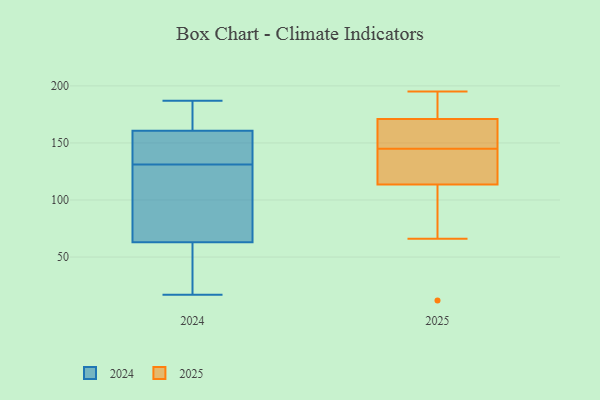
{"axis": {"x": "Headcount", "y": "Value"}, "legend": ["2024", "2025"], "data": [{"x": "", "y": 139, "type": "2025"}, {"x": "", "y": 151, "type": "2025"}, {"x": "", "y": 195, "type": "2025"}, {"x": "", "y": 178, "type": "2025"}, {"x": "", "y": 66, "type": "2025"}, {"x": "", "y": 126, "type": "2025"}, {"x": "", "y": 157, "type": "2025"}, {"x": "", "y": 12, "type": "2025"}, {"x": "", "y": 132, "type": "2025"}, {"x": "", "y": 171, "type": "2025"}, {"x": "", "y": 116, "type": "2025"}, {"x": "", "y": 190, "type": "2025"}, {"x": "", "y": 96, "type": "2025"}, {"x": "", "y": 168, "type": "2025"}, {"x": "", "y": 171, "type": "2025"}, {"x": "", "y": 111, "type": "2025"}, {"x": "", "y": 129, "type": "2024"}, {"x": "", "y": 134, "type": "2024"}, {"x": "", "y": 66, "type": "2024"}, {"x": "", "y": 43, "type": "2024"}, {"x": "", "y": 17, "type": "2024"}, {"x": "", "y": 183, "type": "2024"}, {"x": "", "y": 187, "type": "2024"}, {"x": "", "y": 166, "type": "2024"}, {"x": "", "y": 92, "type": "2024"}, {"x": "", "y": 159, "type": "2024"}, {"x": "", "y": 54, "type": "2024"}, {"x": "", "y": 131, "type": "2024"}, {"x": "", "y": 140, "type": "2024"}]}